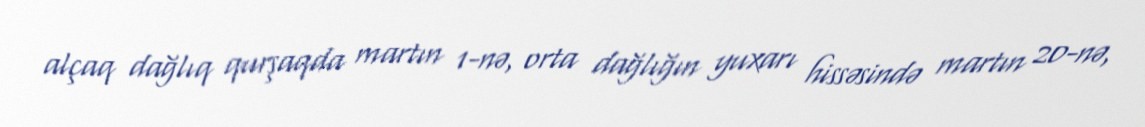
alçaq dağlıq qurşaqda martın 1-nə, orta dağlığın yuxarı hissəsində martın 20-nə,